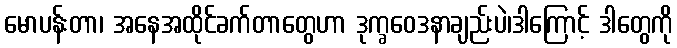
မောပန်းတာ၊ အနေအထိုင်ခက်တာတွေဟာ ဒုက္ခဝေဒနာချည်းပဲ၊ဒါကြောင့် ဒါတွေကို